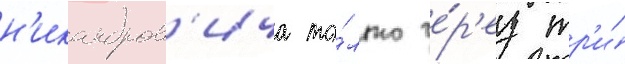
н'икандров'ича то́лько че́р'ез тр'и́